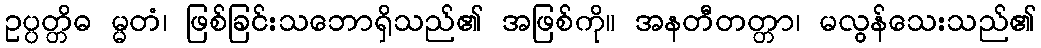
ဥပ္ပတ္တိဓ မ္မတံ၊ ဖြစ်ခြင်းသဘောရှိသည်၏ အဖြစ်ကို။ အနတီတတ္တာ၊ မလွန်သေးသည်၏